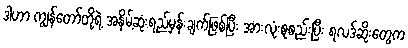
ဒါဟာ ကျွန်တော်တို့ရဲ့ အနိမ့်ဆုံးရည်မှန်းချက်ဖြစ်ပြီး အားလုံးစုစည်းပြီး ရလဒ်ဆိုးတွေက